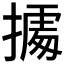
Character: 𢴃